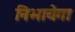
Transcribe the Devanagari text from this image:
निभायेगा